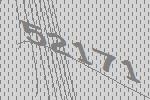
52171